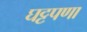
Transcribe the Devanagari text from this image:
घट्टपणा